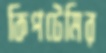
কিপটেমির